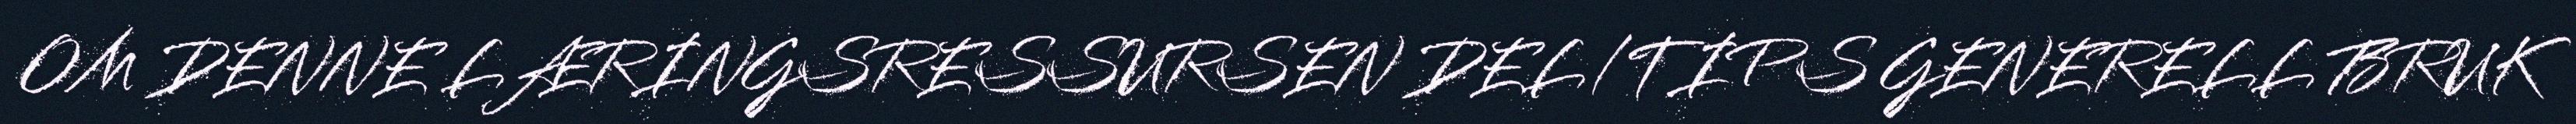
OM DENNE LÆRINGSRESSURSEN DEL/TIPS GENERELL BRUK